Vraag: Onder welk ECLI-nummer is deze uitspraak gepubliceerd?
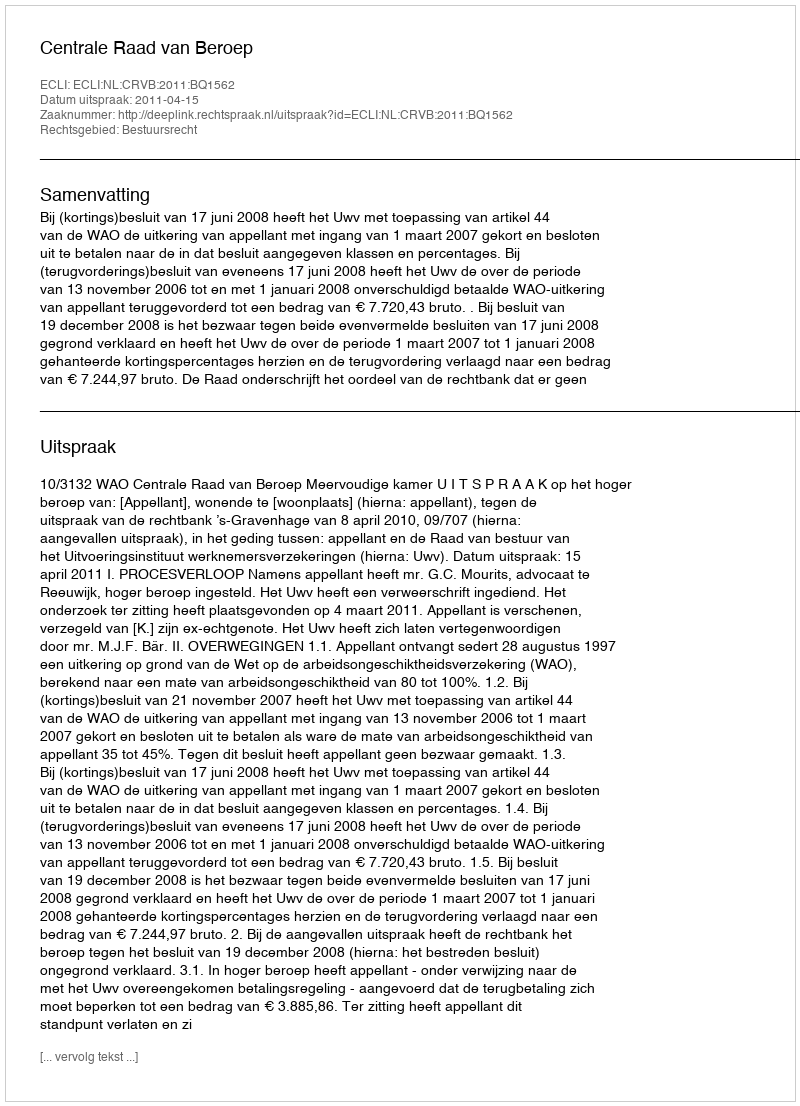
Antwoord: ECLI:NL:CRVB:2011:BQ1562